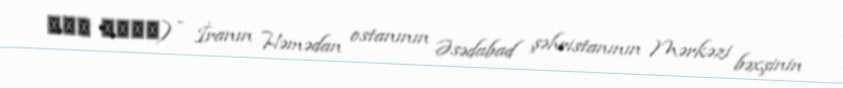
کمک سفلی) - İranın Həmədan ostanının Əsədabad şəhristanının Mərkəzi bəxşinin